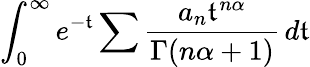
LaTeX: \int_{0}^{\infty}e^{-\mathfrak{t}}\sum{\frac{{a_{n}\mathfrak{t}^{n\alpha}}}{{\Gamma(n\alpha+1)}}}\, d\mathfrak{t}